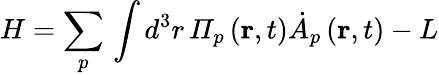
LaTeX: H=\sum_{p}\, \int d^{3}r\, \varPi_{p}\left(\mathbf{r},t\right)\dot{A}_{p}\left(\mathbf{r},t\right)-L